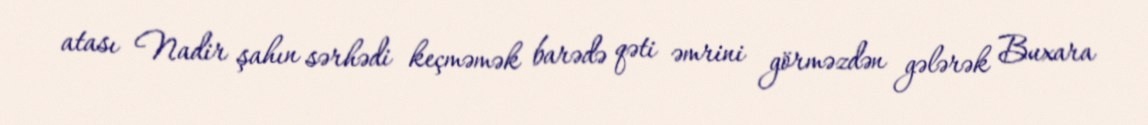
atası Nadir şahın sərhədi keçməmək barədə qəti əmrini görməzdən gələrək Buxara